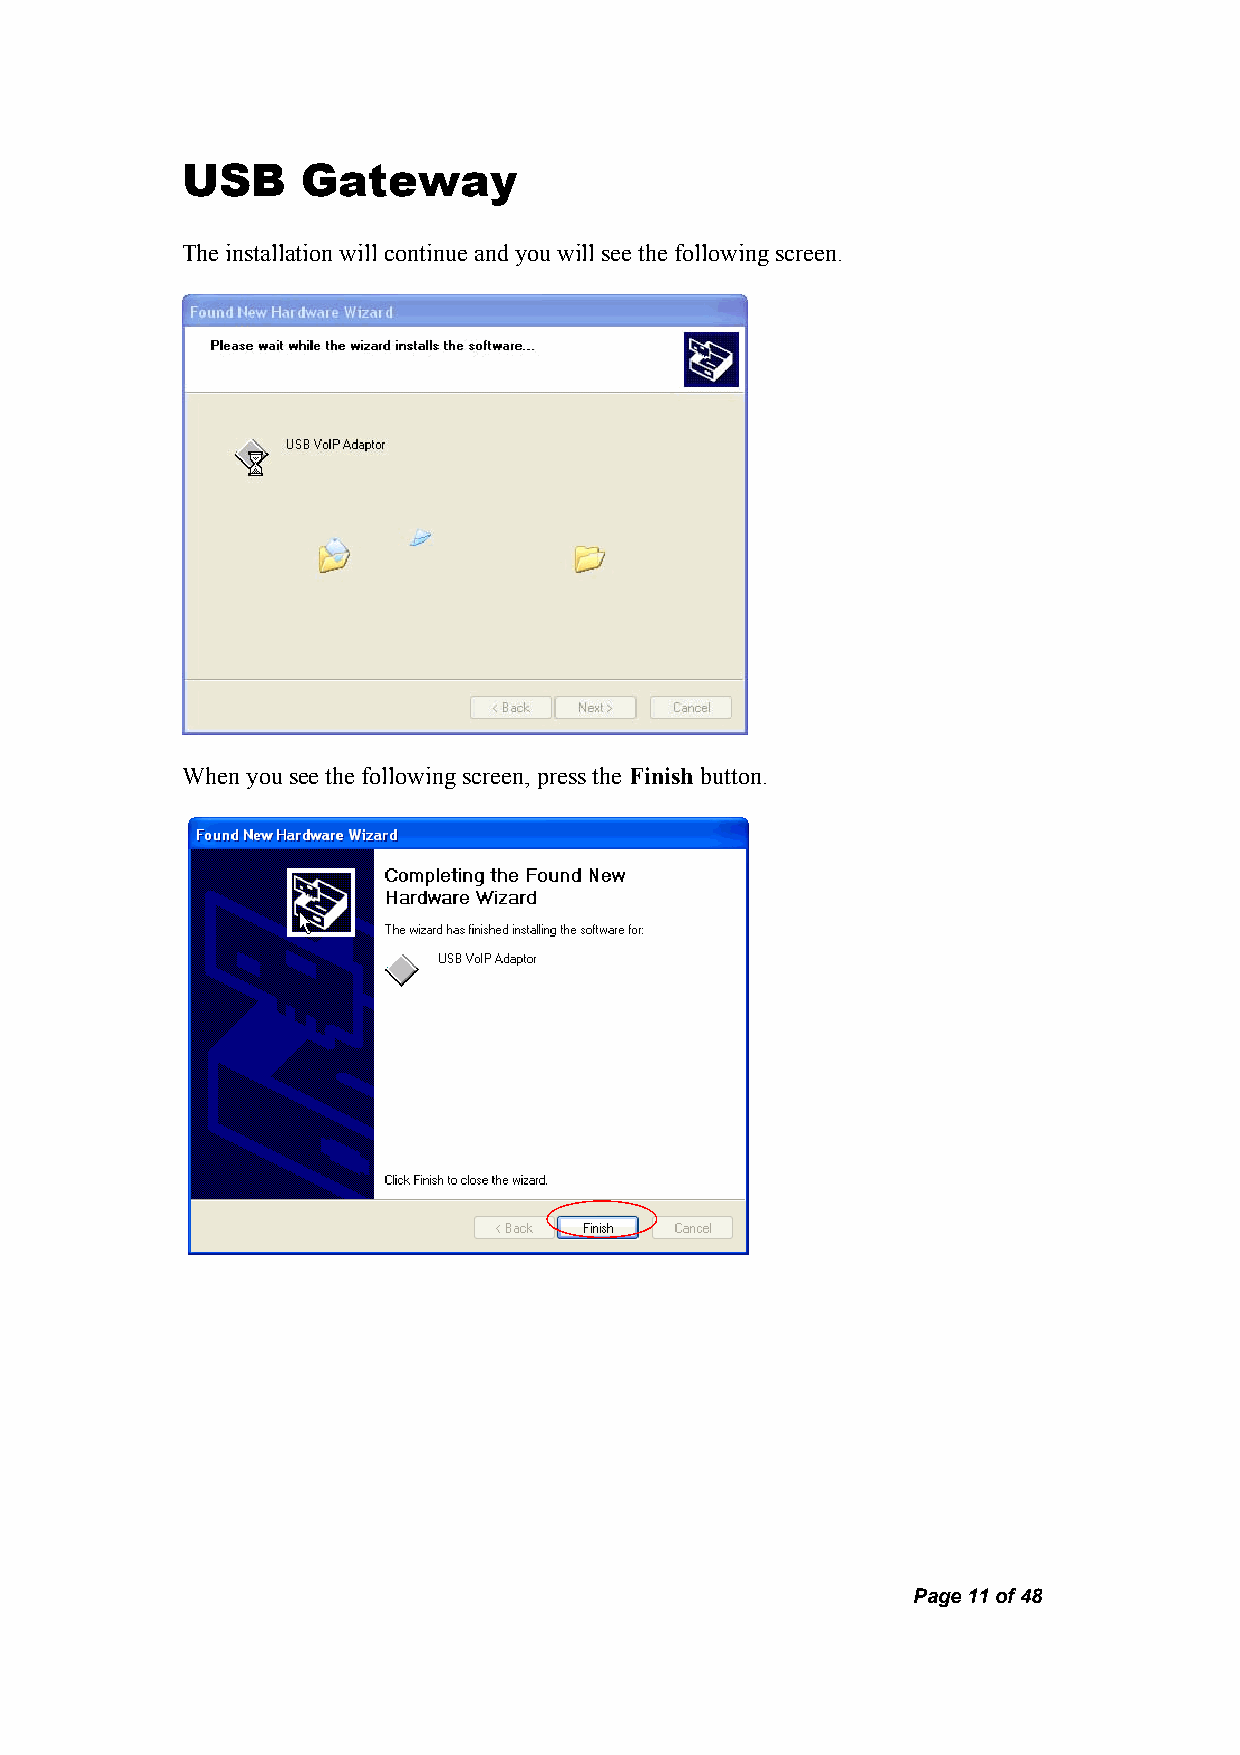
USB     Gateway
 The installation will continue and you will see the following screen.
 When you see the following screen, press the Finish button.
 Page 11 of 48